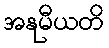
အနုမီယတိ